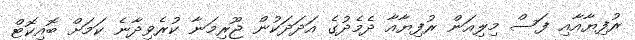
ރުފިޔާއާއި ފަސް މިލިއަން ރުފިޔާއާ ދެމެދުގެ އަދަދަކުން ޖޫރިމަނާ ކުރެވިދާނެ ކަމަށް ބޮއިކޮޓް